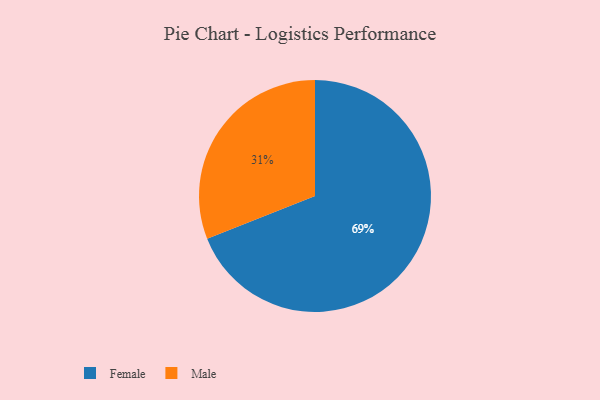
{"axis": {"x": "Category", "y": "Percentage"}, "legend": ["Female", "Male"], "data": [{"x": "Male", "y": 31, "type": "Male"}, {"x": "Female", "y": 69, "type": "Female"}]}